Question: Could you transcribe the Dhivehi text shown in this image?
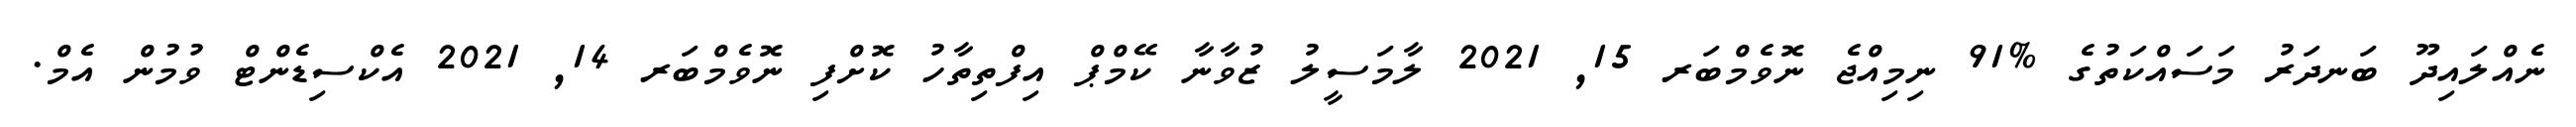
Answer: ނެއްލައިދޫ ބަނދަރު މަސައްކަތުގެ %91 ނިމިއްޖެ ނޮވެމްބަރ 15, 2021 ލާމަސީލު ޒުވާނާ ކޭމްޕް އިފްތިތާހު ކޮށްފި ނޮވެމްބަރ 14, 2021 އެކްސިޑެންޓް ވުމުން އެމް.